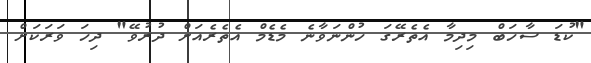
"ކުޑަ ސާހަބް މިދިމާ އެތެރޭގަ ހުންނަވާނެ މެޑެމް އެތެރެއަށް ދުރުވޭ" ދިހަ ވަރަކަށް